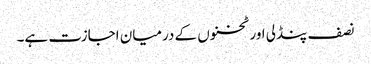
نصف پنڈلی اور ٹخنوں کے درمیان اجازت ہے۔